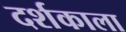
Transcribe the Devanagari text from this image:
दर्शकाला